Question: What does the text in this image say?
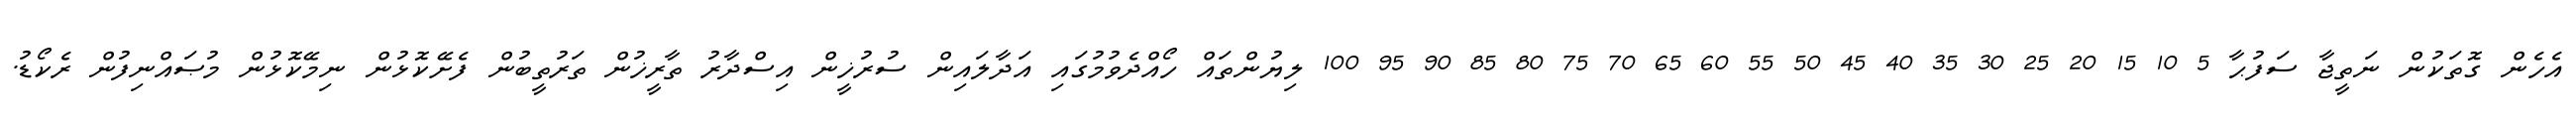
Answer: އެހެން ގޮތަކުން ނަތީޖާ ސަފުޙާ 5 10 15 20 25 30 35 40 45 50 55 60 65 70 75 80 85 90 95 100 ލިޔުންތައް ހޯއްދެވުމުގައި އަދާލައިން ސުރުޚީން އިސްދާރު ތާރީޚުން ތަރުތީބުން ފެށޭކޮޅުން ނިމޭކޮޅުން މުޞައްނިފުން ރެކޯޑު.